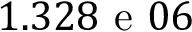
1 . 3 2 8 \mathrm { ~ e ~ } 0 6